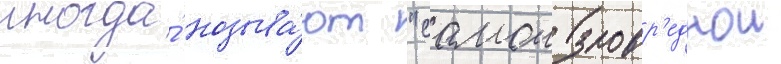
иногда́ называ́ют "самои зловр'еднои